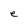
Character: e